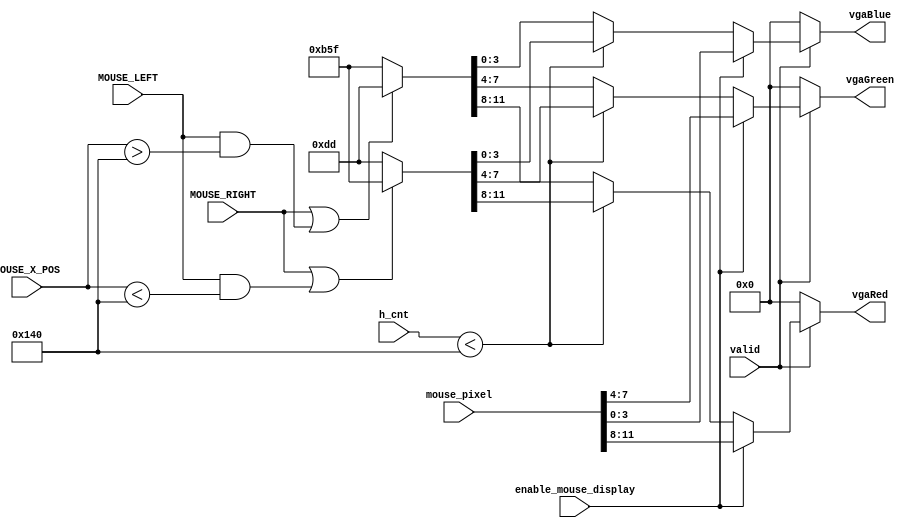
module pixel_gen(
   input [9:0] h_cnt,
   input [9:0] MOUSE_X_POS,
   input valid,
   input enable_mouse_display,
   input [11:0] mouse_pixel,
   input MOUSE_LEFT,
   input MOUSE_RIGHT,
   output reg [3:0] vgaRed,
   output reg [3:0] vgaGreen,
   output reg [3:0] vgaBlue
);
   
assign flip_left = MOUSE_RIGHT || ( MOUSE_LEFT && (MOUSE_X_POS < 320) );
assign flip_right = MOUSE_RIGHT || ( MOUSE_LEFT && (MOUSE_X_POS > 320) );

always@(*) begin
    if(!valid) begin
        {vgaRed, vgaGreen, vgaBlue} = 12'h0;
    end else if(enable_mouse_display) begin
        {vgaRed, vgaGreen, vgaBlue} = mouse_pixel;
    end else begin
        if(h_cnt < 320) begin
            if(flip_left)begin
                {vgaRed, vgaGreen, vgaBlue} = 12'hb5f;
            end else begin
                {vgaRed, vgaGreen, vgaBlue} = 12'h0dd;
            end
        end else begin
            if(flip_right)begin
                {vgaRed, vgaGreen, vgaBlue} = 12'h0dd;
            end else begin
                {vgaRed, vgaGreen, vgaBlue} = 12'hb5f;
            end
        end
    end
end

endmodule